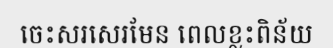
ចេះសរសេរមែន ពេលខ្លះពិន័យ